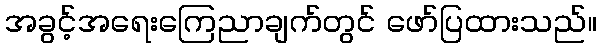
အခွင့်အရေးကြေညာချက်တွင် ဖော်ပြထားသည်။